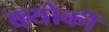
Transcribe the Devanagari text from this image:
क्योकीं